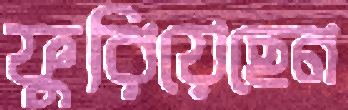
ফুরিয়েছেন